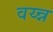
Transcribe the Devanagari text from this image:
वय्न्न